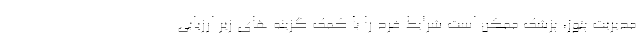
مدیریت پتوز، پزشک ممکن است شرایط فرد را با کمک گزینه های زیر ارزیابی